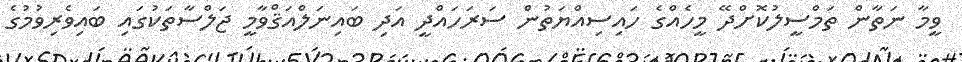
ވީމާ ނަތާން ތަމްސީލުކޮށްދޭ މީހެއްގެ ހައިސިއްޔަތުން ސަރަހައްދީ އަދި ބައިނަލްއަޤްވާމީ ޖަލްސާތަކުގައި ބައިވެރިވުމުގެ